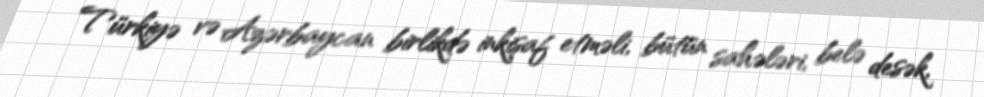
Türkiyə və Azərbaycan birlikdə inkişaf etməli, bütün sahələri, belə desək,